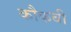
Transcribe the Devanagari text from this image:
कौकबी